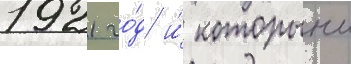
1921 го́д и́ которыи